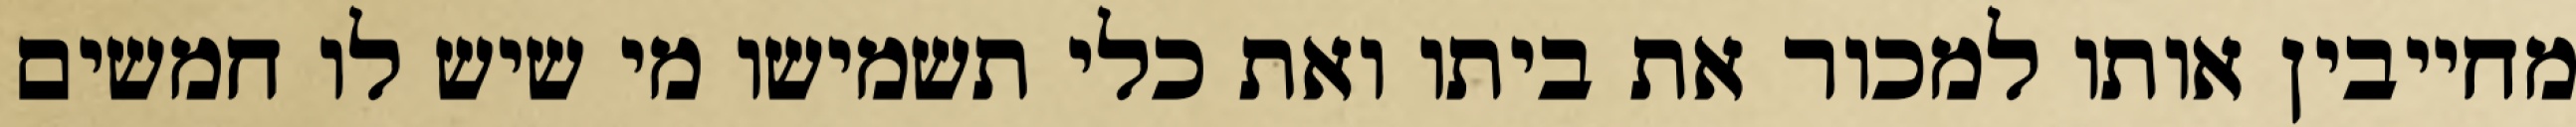
מחייבין אותו למכור את ביתו ואת כלי תשמישו מי שיש לו חמשים